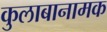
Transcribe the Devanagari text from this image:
कुलाबानामक